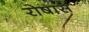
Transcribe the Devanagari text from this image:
रोषास